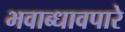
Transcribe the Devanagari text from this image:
भवाब्धावपारे